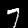
Digit: 7